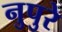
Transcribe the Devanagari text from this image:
नुपुरे